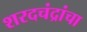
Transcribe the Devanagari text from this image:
शरदचंद्रांचा